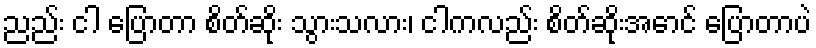
ညည်း ငါ ပြောတာ စိတ်ဆိုး သွားသလား၊ ငါကလည်း စိတ်ဆိုးအောင် ပြောတာပဲ